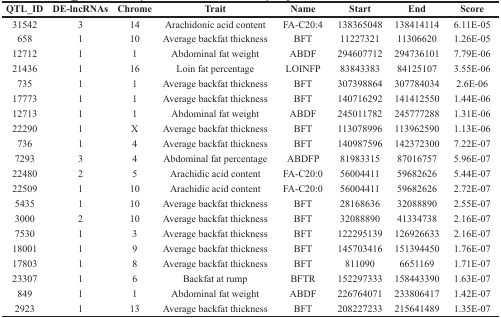
<table><thead><tr><td><b>QTL_ID</b></td><td><b>DE-lncRNAs</b></td><td><b>Chrome</b></td><td><b>Trait</b></td><td><b>Name</b></td><td><b>Start</b></td><td><b>End</b></td><td><b>Score</b></td></tr></thead><tbody><tr><td>31542</td><td>3</td><td>14</td><td>Arachidonic acid content</td><td>FA-C20:4</td><td>138365048</td><td>138414114</td><td>6.11E-05</td></tr><tr><td>658</td><td>1</td><td>10</td><td>Average backfat thickness</td><td>BFT</td><td>11227321</td><td>11306620</td><td>1.26E-05</td></tr><tr><td>12712</td><td>1</td><td>1</td><td>Abdominal fat weight</td><td>ABDF</td><td>294607712</td><td>294736101</td><td>7.79E-06</td></tr><tr><td>21436</td><td>1</td><td>16</td><td>Loin fat percentage</td><td>LOINFP</td><td>83843383</td><td>84125107</td><td>3.55E-06</td></tr><tr><td>735</td><td>1</td><td>1</td><td>Average backfat thickness</td><td>BFT</td><td>307398864</td><td>307784034</td><td>2.6E-06</td></tr><tr><td>17773</td><td>1</td><td>1</td><td>Average backfat thickness</td><td>BFT</td><td>140716292</td><td>141412550</td><td>1.44E-06</td></tr><tr><td>12713</td><td>1</td><td>1</td><td>Abdominal fat weight</td><td>ABDF</td><td>245011782</td><td>245777288</td><td>1.31E-06</td></tr><tr><td>22290</td><td>1</td><td>X</td><td>Average backfat thickness</td><td>BFT</td><td>113078996</td><td>113962590</td><td>1.13E-06</td></tr><tr><td>736</td><td>1</td><td>4</td><td>Average backfat thickness</td><td>BFT</td><td>140987596</td><td>142372300</td><td>7.22E-07</td></tr><tr><td>7293</td><td>3</td><td>4</td><td>Abdominal fat percentage</td><td>ABDFP</td><td>81983315</td><td>87016757</td><td>5.96E-07</td></tr><tr><td>22480</td><td>2</td><td>5</td><td>Arachidic acid content</td><td>FA-C20:0</td><td>56004411</td><td>59682626</td><td>5.44E-07</td></tr><tr><td>22509</td><td>1</td><td>10</td><td>Arachidic acid content</td><td>FA-C20:0</td><td>56004411</td><td>59682626</td><td>2.72E-07</td></tr><tr><td>5435</td><td>1</td><td>10</td><td>Average backfat thickness</td><td>BFT</td><td>28168636</td><td>32088890</td><td>2.55E-07</td></tr><tr><td>3000</td><td>2</td><td>10</td><td>Average backfat thickness</td><td>BFT</td><td>32088890</td><td>41334738</td><td>2.16E-07</td></tr><tr><td>7530</td><td>1</td><td>3</td><td>Average backfat thickness</td><td>BFT</td><td>122295139</td><td>126926633</td><td>2.16E-07</td></tr><tr><td>18001</td><td>1</td><td>9</td><td>Average backfat thickness</td><td>BFT</td><td>145703416</td><td>151394450</td><td>1.76E-07</td></tr><tr><td>17803</td><td>1</td><td>8</td><td>Average backfat thickness</td><td>BFT</td><td>811090</td><td>6651169</td><td>1.71E-07</td></tr><tr><td>23307</td><td>1</td><td>6</td><td>Backfat at rump</td><td>BFTR</td><td>152297333</td><td>158443390</td><td>1.63E-07</td></tr><tr><td>849</td><td>1</td><td>1</td><td>Abdominal fat weight</td><td>ABDF</td><td>226764071</td><td>233806417</td><td>1.42E-07</td></tr><tr><td>2923</td><td>1</td><td>13</td><td>Average backfat thickness</td><td>BFT</td><td>208227233</td><td>215641489</td><td>1.35E-07</td></tr></tbody></table>